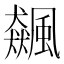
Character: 飆